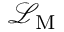
{ \mathcal { L } } _ { \mathrm { M } }